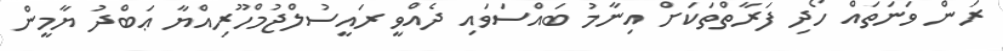
ރަން ވަނަތައް ހޯދި ފަރާތްތަކަށް އިނާމު ބައްސަވައި ދެއްވީ ރައީސުލްޖުމްހޫރިއްޔާ ޢަބްދު ޔާމީން